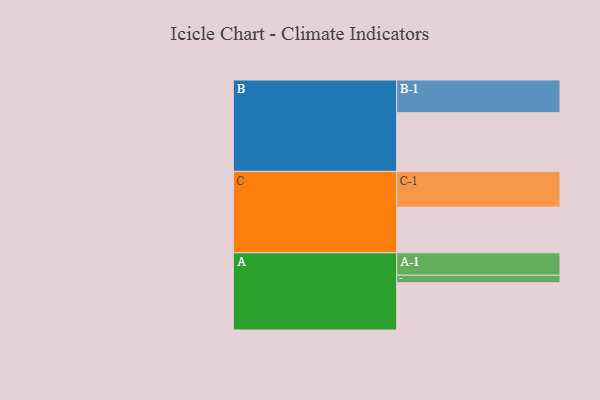
{"axis": {"x": "Segment", "y": "Value"}, "legend": ["", "A", "B", "C"], "data": [{"x": "A", "y": 327, "type": ""}, {"x": "B", "y": 406, "type": ""}, {"x": "C", "y": 316, "type": ""}, {"x": "A-1", "y": 155, "type": "A"}, {"x": "A-2", "y": 52, "type": "A"}, {"x": "B-1", "y": 226, "type": "B"}, {"x": "C-1", "y": 247, "type": "C"}]}